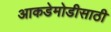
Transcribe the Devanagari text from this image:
आकडेमोडीसाठी